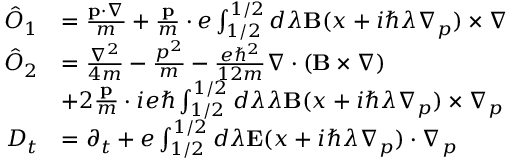
\begin{array} { r l } { \hat { O } _ { 1 } } & { = \frac { \mathbf { p } \cdot \nabla } { m } + \frac { \mathbf { p } } { m } \cdot e \int _ { 1 / 2 } ^ { 1 / 2 } d \lambda \mathbf { B } ( x + i \hbar \lambda \nabla _ { p } ) \times \nabla } \\ { \hat { O } _ { 2 } } & { = \frac { \nabla ^ { 2 } } { 4 m } - \frac { p ^ { 2 } } { m } - \frac { e \hbar ^ { 2 } } { 1 2 m } \nabla \cdot ( \mathbf { B } \times \nabla ) } \\ & { + 2 \frac { \mathbf { p } } { m } \cdot i e \hbar \int _ { 1 / 2 } ^ { 1 / 2 } d \lambda \lambda \mathbf { B } ( x + i \hbar \lambda \nabla _ { p } ) \times \nabla _ { p } } \\ { D _ { t } } & { = \partial _ { t } + e \int _ { 1 / 2 } ^ { 1 / 2 } d \lambda \mathbf { E } ( x + i \hbar \lambda \nabla _ { p } ) \cdot \nabla _ { p } } \end{array}